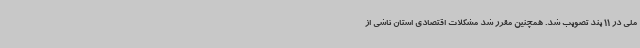
ملی در 11 بند تصویب شد. همچنین مقرر شد مشکلات اقتصادی استان ناشی از